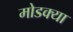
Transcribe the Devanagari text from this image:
मोडक्या